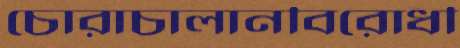
চোরাচালানবিরোধী